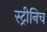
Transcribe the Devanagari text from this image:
स्ट्रीनिच